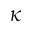
\kappa